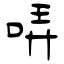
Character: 哢